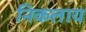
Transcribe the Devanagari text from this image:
निकलाय